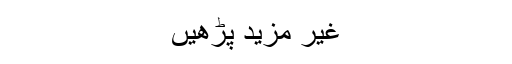
غیر مزید پڑھیں